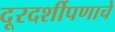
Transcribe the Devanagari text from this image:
दूरदर्शीपणाचे